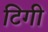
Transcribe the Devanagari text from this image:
टिगी